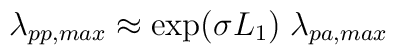
\lambda_{pp,max}  \approx \exp(\sigma L_1) \;   \lambda_{pa,max}